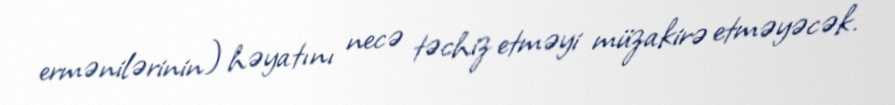
ermənilərinin) həyatını necə təchiz etməyi müzakirə etməyəcək.